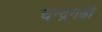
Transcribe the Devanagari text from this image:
चन्द्रगढी